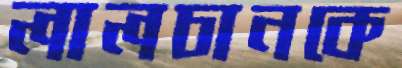
লালচানকে